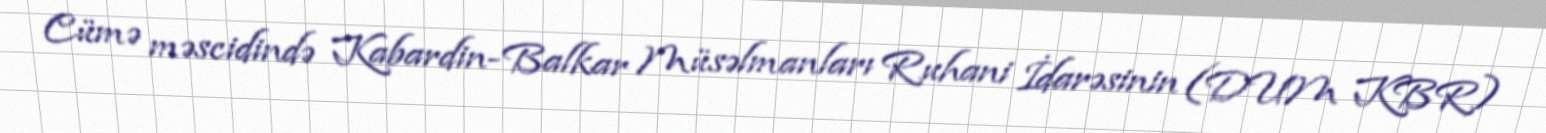
Cümə məscidində Kabardin-Balkar Müsəlmanları Ruhani İdarəsinin (DUM KBR)